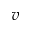
v